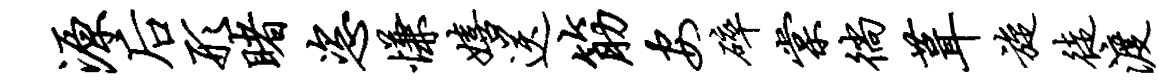
源後形睹恣慊嬉送筋安碎棠徜葺旋徒渡